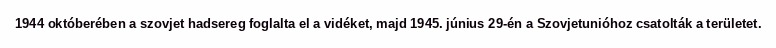
1944 októberében a szovjet hadsereg foglalta el a vidéket, majd 1945. június 29-én a Szovjetunióhoz csatolták a területet.